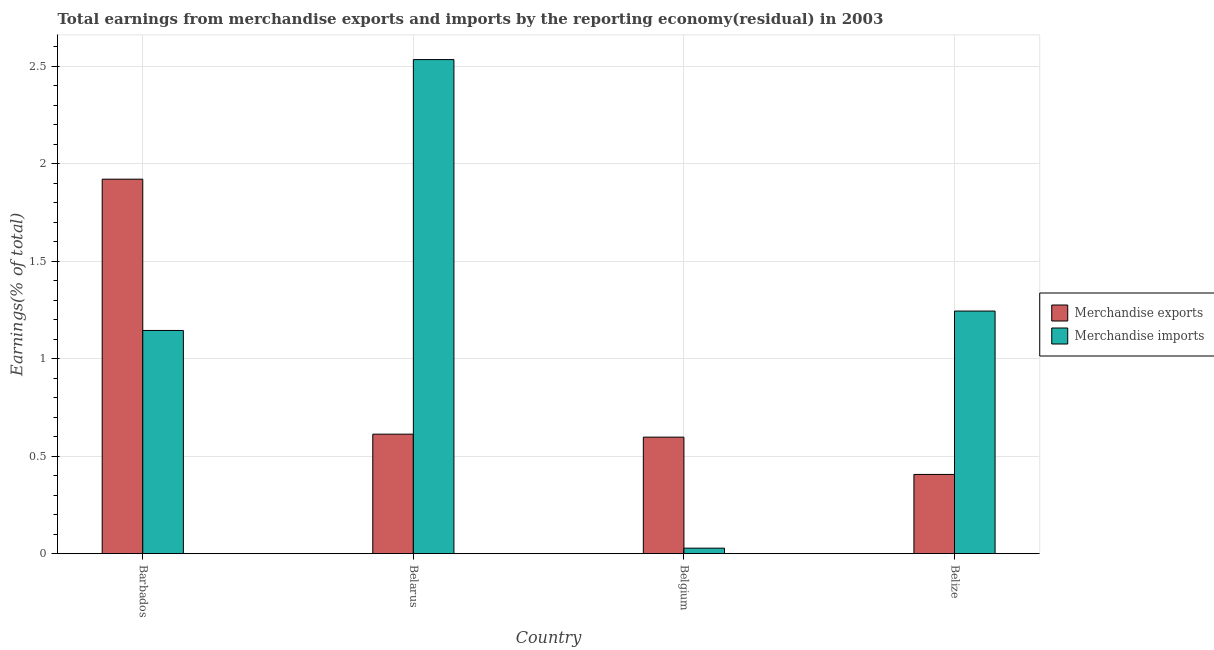
| Country | Merchandise exports | Merchandise imports |
 | --- | --- | --- |
 | Barbados | 1.92 | 1.15 |
 | Belarus | 0.613 | 2.54 |
 | Belgium | 0.598 | 0.0281 |
 | Belize | 0.406 | 1.24 |